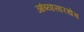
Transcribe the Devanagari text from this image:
आंब्यासारखेच